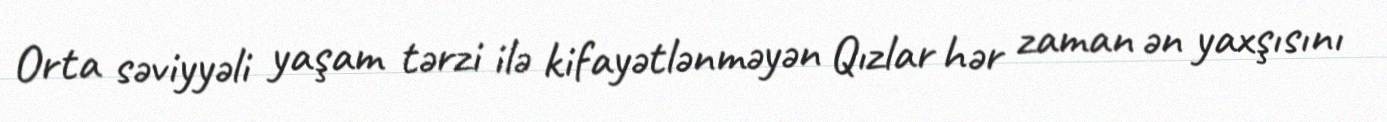
Orta səviyyəli yaşam tərzi ilə kifayətlənməyən Qızlar hər zaman ən yaxşısını